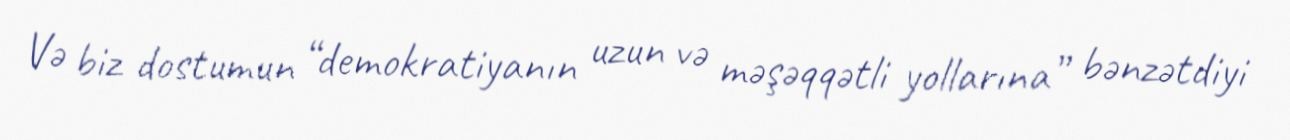
Və biz dostumun “demokratiyanın uzun və məşəqqətli yollarına” bənzətdiyi